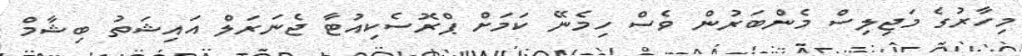
މިހާރުގެ މަޖިލިސް މެންބަރުން ވެސް ހިމެނޭ ކަމަށް ޕްރޮސެކިއުޓާ ޖެނަރަލް އައިޝަތު ބިޝާމް